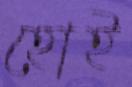
হোই